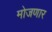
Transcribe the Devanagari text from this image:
मोजणार